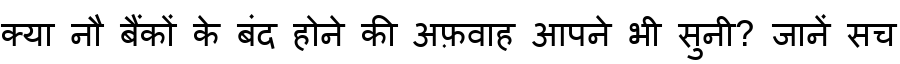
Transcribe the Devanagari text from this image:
क्या नौ बैंकों के बंद होने की अफ़वाह आपने भी सुनी? जानें सच